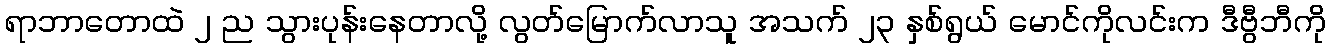
ရာဘာတောထဲ ၂ ည သွားပုန်းနေတာလို့ လွတ်မြောက်လာသူ အသက် ၂၃ နှစ်ရွယ် မောင်ကိုလင်းက ဒီဗွီဘီကို